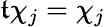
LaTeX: \mathfrak{t}\chi_{j}=\chi_{j}